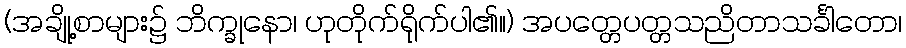
(အချို့စာများ၌ ဘိက္ခုနော၊ ဟုတိုက်ရိုက်ပါ၏။) အပတ္တေပတ္တသညိတာသင်္ခါတော၊